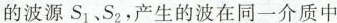
的波源S_{1}、S_{2}，产生的波在同一介质中